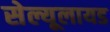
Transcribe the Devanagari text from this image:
सेल्यूलायड